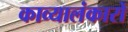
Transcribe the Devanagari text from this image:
काव्यालंकारों